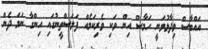
އައްބާސް ވިދާޅުވަނީ ހަމާސް އިން ވަކި ވެރިކަމެއް ފަލަސްތީނުގައި ހިންގާ ނަމަ ދެން